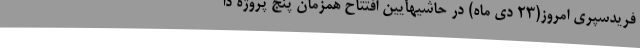
فریدسپری امروز(23 دی ماه) در حاشیهآیین افتتاح همزمان پنج پروژه دا